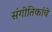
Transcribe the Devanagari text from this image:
संगीतिकांचे